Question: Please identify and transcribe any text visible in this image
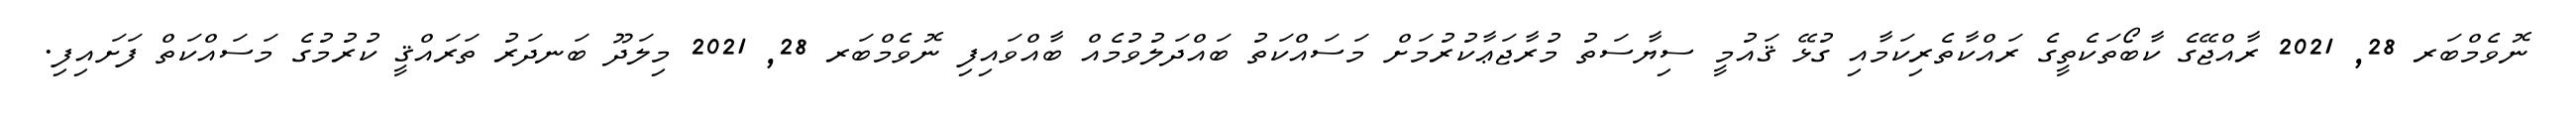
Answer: ނޮވެމްބަރ 28, 2021 ރާއްޖޭގެ ކާބޯތަކެތީގެ ރައްކާތެރިކަމާއި ގުޅޭ ޤައުމީ ސިޔާސަތު މުރާޖަޢާކުރުމަށް މަސައްކަތު ބައްދަލުވުމެއް ބާއްވައިފި ނޮވެމްބަރ 28, 2021 މިލަދޫ ބަނދަރު ތަރައްޤީ ކުރުމުގެ މަސައްކަތް ފަށައިފި.